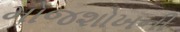
મોજશોખની